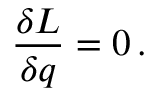
{ \frac { \delta L } { \delta q } } = 0 \, .